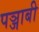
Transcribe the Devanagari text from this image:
पञ्जाबी